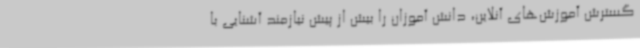
گسترش آموزش‌های آنلاین، دانش آموزان را بیش از پیش نیازمند آشنایی با